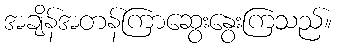
အချိန်အတန်ကြာဆွေးနွေးကြသည်။